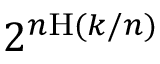
2 ^ { n \mathrm { H } ( k / n ) }